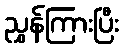
ညွှန်ကြားပြီး